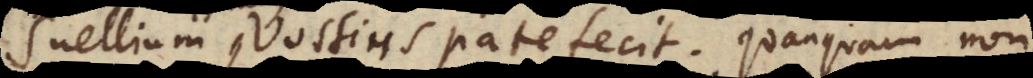
Isaacus Vossius patefecit, quanquam non